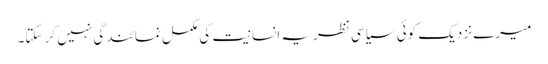
میرے نزدیک کوئی سیاسی نظریہ انسانیت کی مکمل نمائندگی نہیں کر سکتا۔